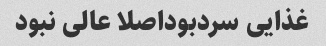
غذایی سردبوداصلا عالی نبود